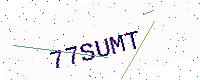
Text: 77SUMT